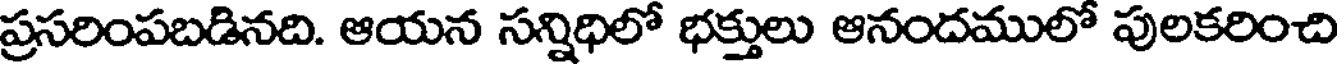
ప్రసరింపబడినది. ఆయన సన్నిధిలో భక్తులు ఆనందములో పులకరించి